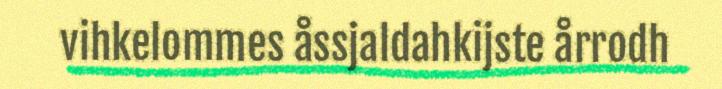
vihkelommes åssjaldahkijste årrodh